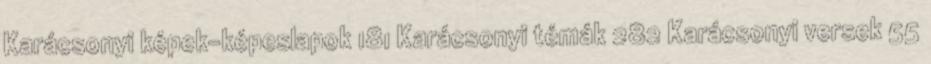
Karácsonyi képek-képeslapok 181 Karácsonyi témák 282 Karácsonyi versek 55